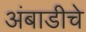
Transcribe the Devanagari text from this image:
अंबाडीचे